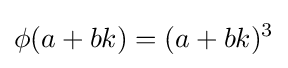
\phi (a+bk)=(a+bk)^{3}